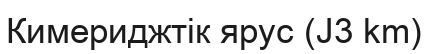
Кимериджтік ярус (J3 km)